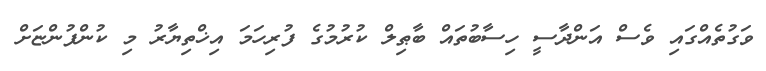
ވަގުތެއްގައި ވެސް އަންދާސީ ހިސާބުތައް ބާޠިލް ކުރުމުގެ ފުރިހަމަ އިޚްތިޔާރު މި ކުންފުންޏަށް